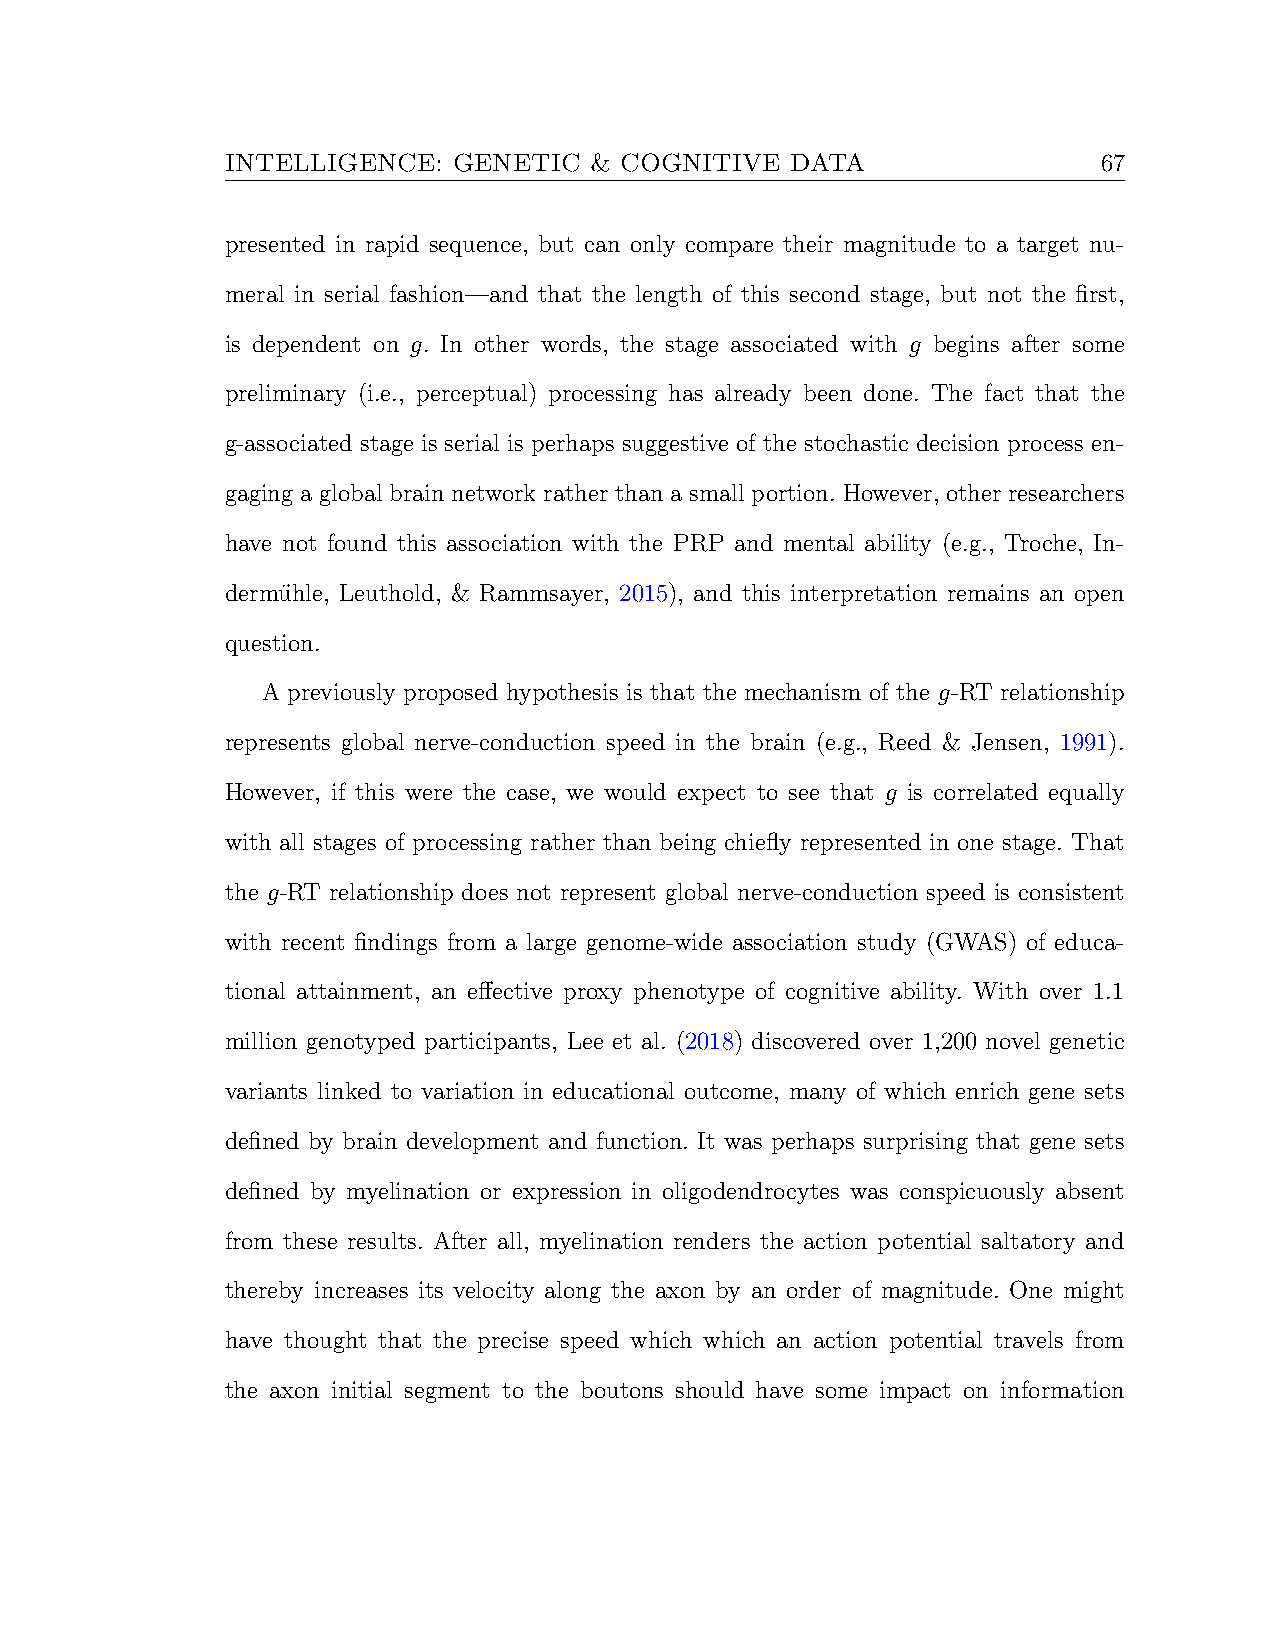
INTELLIGENCE:  GENETIC  & COGNITIVE  DATA                 67
 presented in rapid sequence, but can only compare their magnitude to a target nu-
 meral in serial fashion—and that the length of this second stage, but not the first,
 is dependent on g. In other words, the stage associated with g begins after some
 preliminary (i.e., perceptual) processing has already been done. The fact that the
 g-associated stage is serial is perhaps suggestive of the stochastic decision process en-
 gaging a global brain network rather than a small portion. However, other researchers
 have not found this association with the PRP and mental ability (e.g., Troche, In-
 dermu¨hle, Leuthold, & Rammsayer, 2015), and this interpretation remains an open
 question.
 A previously proposed hypothesis is that the mechanism of the g-RT relationship
 represents global nerve-conduction speed in the brain (e.g., Reed & Jensen, 1991).
 However, if this were the case, we would expect to see that g is correlated equally
 with all stages of processing rather than being chiefly represented in one stage. That
 the g-RT relationship does not represent global nerve-conduction speed is consistent
 with recent findings from a large genome-wide association study (GWAS) of educa-
 tional attainment, an effective proxy phenotype of cognitive ability. With over 1.1
 million genotyped participants, Lee et al. (2018) discovered over 1,200 novel genetic
 variants linked to variation in educational outcome, many of which enrich gene sets
 defined by brain development and function. It was perhaps surprising that gene sets
 defined by myelination or expression in oligodendrocytes was conspicuously absent
 from these results. After all, myelination renders the action potential saltatory and
 thereby increases its velocity along the axon by an order of magnitude. One might
 have thought that the precise speed which which an action potential travels from
 the axon initial segment to the boutons should have some impact on information